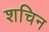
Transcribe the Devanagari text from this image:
शचिन